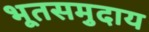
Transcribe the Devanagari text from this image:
भूतसमुदाय